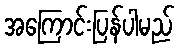
အကြောင်းပြန်ပါမည်